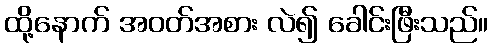
ထို့နောက် အဝတ်အစား လဲ၍ ခေါင်းဖြီးသည်။